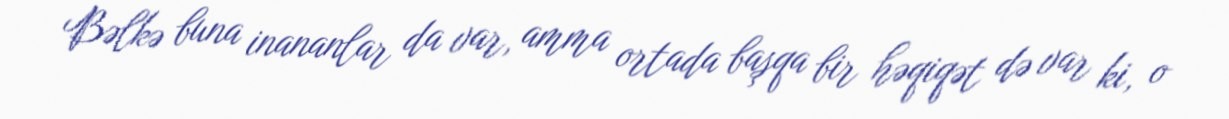
Bəlkə buna inananlar da var, amma ortada başqa bir həqiqət də var ki, o